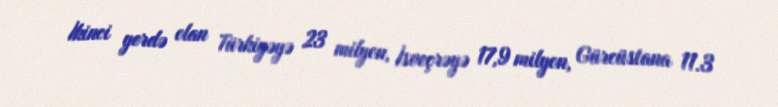
İkinci yerdə olan Türkiyəyə 23 milyon, İsveçrəyə 17,9 milyon, Gürcüstana 11.3